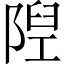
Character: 隉